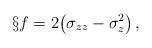
LaTeX: \begin{align*}\S f = 2\bigl(\sigma_{zz} - \sigma_z^2\bigr)\,, \end{align*}